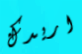
اريدك